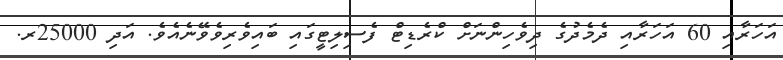
އަހަރާއި 60 އަހަރާއި ދެމެދުގެ ދިވެހިންނަށް ކްރެޑިޓް ފެސިލިޓީގައި ބައިވެރިވެވޭނެއެވެ. އަދި 25000ރ.